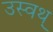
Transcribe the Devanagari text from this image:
उस्वथ्